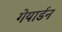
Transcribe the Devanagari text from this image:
गेयार्डन